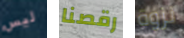
ليس رقصنا نزوة